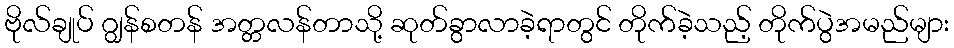
ဗိုလ်ချုပ် ဂျွန်စတန် အတ္တလန်တာသို့ ဆုတ်ခွာလာခဲ့ရာတွင် တိုက်ခဲ့သည့် တိုက်ပွဲအမည်များ